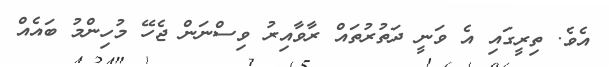
އެވެ. ތިރީގައި އެ ވަނީ ދަތުރުތައް ރާވާއިރު ވިސްނަން ޖެހޭ މުހިންމު ބައެއް